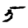
Digit: 5